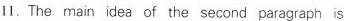
11.The main idea of the second paragraph is